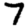
Digit: 7